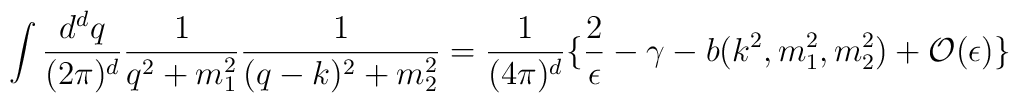
\int {d^d q\over (2\pi)^d}{1\over q^2 + m_1^2}{1\over (q-k)^2 + m_2^2} = {1\over (4\pi)^d}\big\{ {2\over \epsilon} - \gamma - b(k^2,m_1^2,m_2^2) +         {\cal O}(\epsilon)\big\}